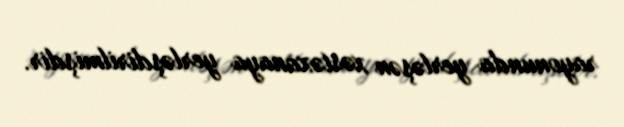
rayonunda yerləşən xəstəxanaya yerləşdirilmişdir.